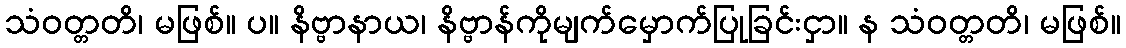
သံဝတ္တတိ၊ မဖြစ်။ ပ။ နိဗ္ဗာနာယ၊ နိဗ္ဗာန်ကိုမျက်မှောက်ပြုခြင်းငှာ။ န သံဝတ္တတိ၊ မဖြစ်။